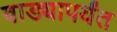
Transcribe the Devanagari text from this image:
वाड्यापर्यंत